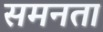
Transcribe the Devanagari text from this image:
समनता